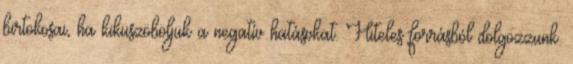
birtokosai, ha kiküszöböljük a negatív hatásokat. Hiteles forrásból dolgozzunk.